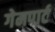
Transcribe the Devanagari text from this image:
गेमपार्ट